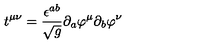
t ^ { \mu \nu } = \frac { \epsilon ^ { a b } } { \sqrt g } \partial _ { a } \varphi ^ { \mu } \partial _ { b } \varphi ^ { \nu }